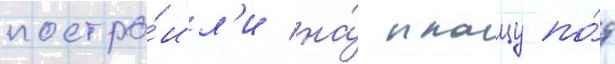
постро́ил'и на́ плацу по́д